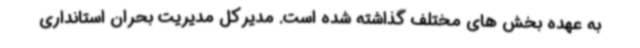
به عهده بخش های مختلف گذاشته شده است. مدیرکل مدیریت بحران استانداری